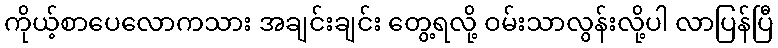
ကိုယ့်စာပေလောကသား အချင်းချင်း တွေ့ရလို့ ဝမ်းသာလွန်းလို့ပါ လာပြန်ပြီ